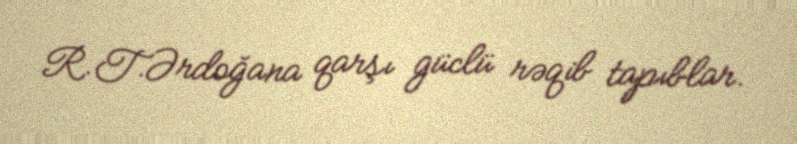
R.T.Ərdoğana qarşı güclü rəqib tapıblar.